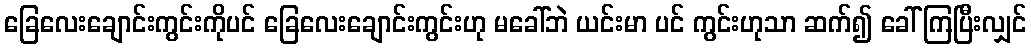
ခြေလေးချောင်းကွင်းကိုပင် ခြေလေးချောင်းကွင်းဟု မခေါ်ဘဲ ယင်းမာ ပင် ကွင်းဟုသာ ဆက်၍ ခေါ်ကြပြီးလျှင်